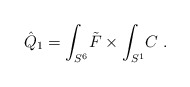
\begin{align*}\hat Q_1 =\int_{S^6}\! \tilde F\times \int_{S^1}\! C\ .\end{align*}